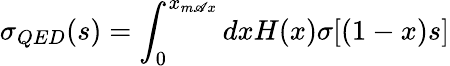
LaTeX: \sigma_{QED}(s)=\int_{0}^{x_{m\mathscr{A}x}}dxH(x)\sigma[(1-x)s]